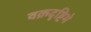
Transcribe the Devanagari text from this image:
वक्रदृष्टिमे